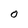
Character: O